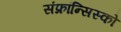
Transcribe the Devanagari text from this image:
संफ्रांन्सिस्को